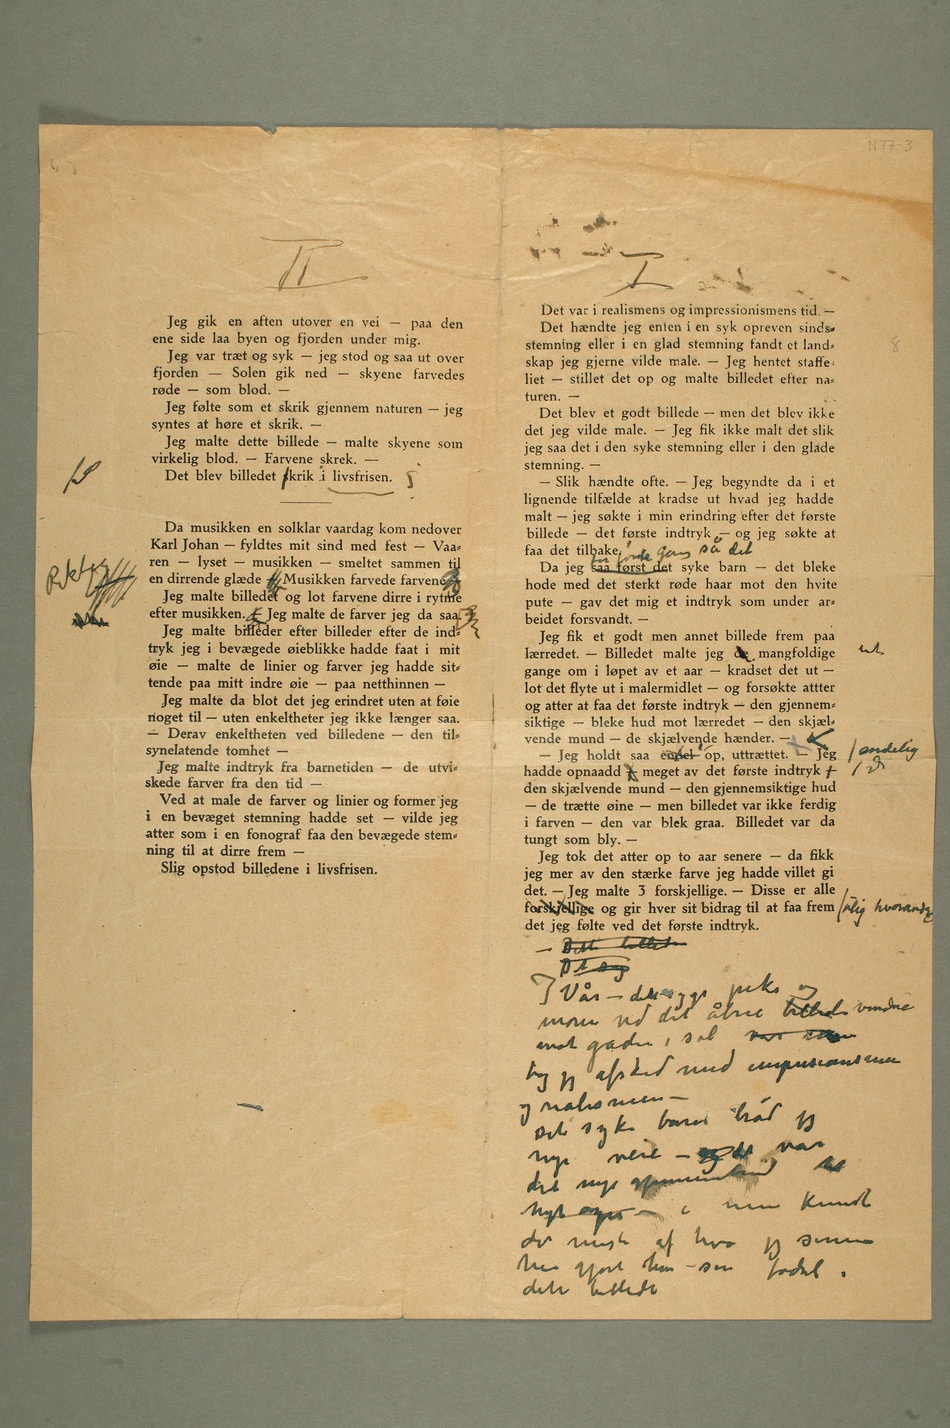
Jeg gik en aften utover en vei – paa den
ene side laa byen og fjorden under mig.
Jeg var træt og syk – jeg stod og saa ut over
fjorden – Solen gik ned – skyene farvedes
røde – som blod. –
Jeg følte som et skrik gjennem naturen – jeg
syntes at høre et skrik. –
Jeg malte dette billede – malte skyene  som
virkelig blod. – Farvene skrek.
– Det blev billedet sSkrik i livsfrisen.?
Da musikken en solklar vaardag kom nedover
Karl Johan – fyldtes mit sind med fest – Vaa-
ren – lyset – musikken – smeltet sammen til
— en dirrende glæde –( Musikken  farvede farvene –)
Jeg malte billedet og lot farvene dirre i rytme
sletefter musikken. –( Jeg malte de farver jeg da saa. –)
tryk jeg i bevægede øieblikke hadde faat i mit
øie – malte de linier og farver jeg hadde sit-
tende paa mit indre øie – paa netthinnen –
Jeg malte da blot det jeg erindret uten at føie
noget til – uten enkeltheter jeg ikke længer saa.
– Derav enkeltheten ved billedene – den til-
synelatende tomhet –
Jeg malte indtryk fra barnetiden – de utvi-
skede farver fra den tid –
Ved at male de farver og linier og former jeg
i en bevæget stemning hadde set – vilde jeg
atter som i en fonograf faa den bevægede stem-
ning til at dirre frem
– Slig opstod billedene i livsfrisen.
i en syk opreven sinds- stemning eller i en glad stemning fandt et land- skap jeg gjerne vilde male. – Jeg
– men det blev ikke det jeg
gang så det syke barn – det bleke hode med det sterkt
den hvite pute – gav det mig et indtryk som
hverandre og gir hver sit bidrag til at faa frem det